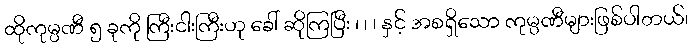
ထိုကုမ္ပဏီ ၅ ခုကို ကြီးငါးကြီးဟု ခေါ် ဆိုကြပြီး ၊ ၊ ၊ နှင့် အစရှိသော ကုမ္ပဏီများဖြစ်ပါတယ်၊